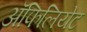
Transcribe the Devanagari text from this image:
अॅफिलियेट